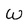
Character: w